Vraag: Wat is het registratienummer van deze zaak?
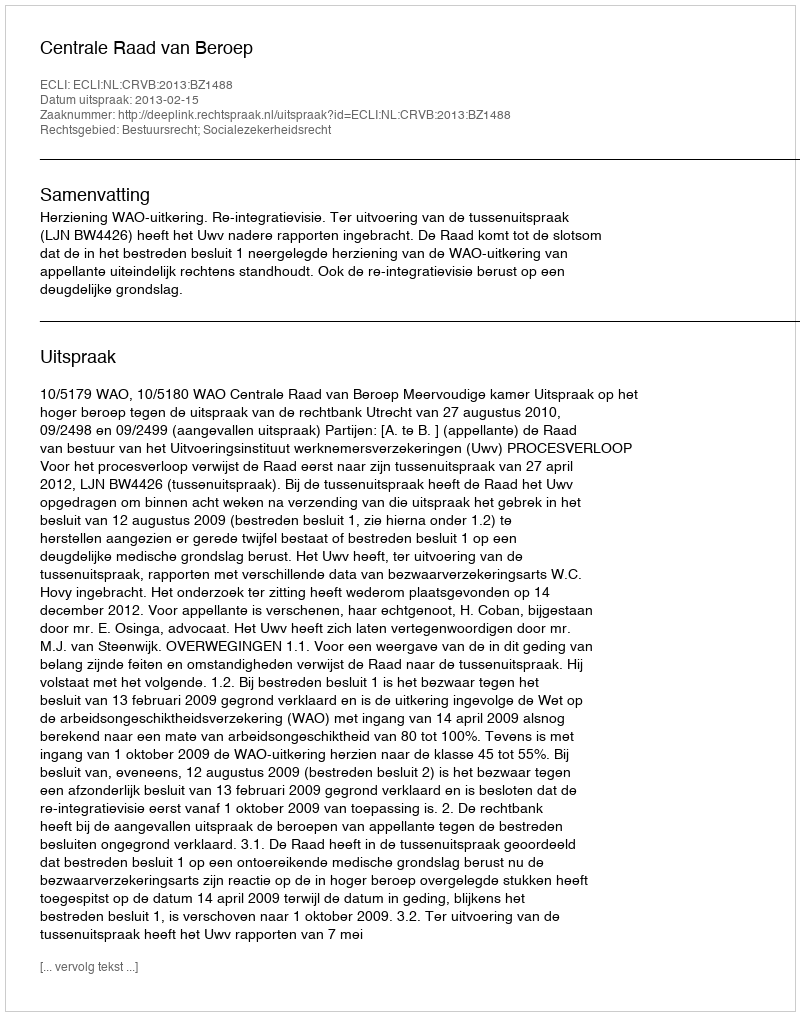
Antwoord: http://deeplink.rechtspraak.nl/uitspraak?id=ECLI:NL:CRVB:2013:BZ1488